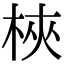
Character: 梜